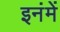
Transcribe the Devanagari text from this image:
इनंमें